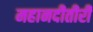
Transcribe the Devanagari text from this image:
महानदीतीरीं